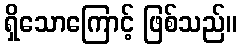
ရှိသောကြောင့် ဖြစ်သည်။